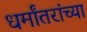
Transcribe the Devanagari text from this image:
धर्मांतरांच्या